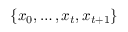
\{ x _ { 0 } , \dots , x _ { t } , x _ { t + 1 } \}